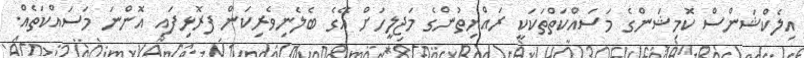
އިލެކްޝަންސް ކޮމިޝަންގެ މަސައްކަތްތަކަކީ ރައްޔިތުންގެ މަޖިލީހަށް އޭގެ ބެލެނިވެރިކަން ފރޮޅިފައި އޮންނަ މަސައްކަތެއް.